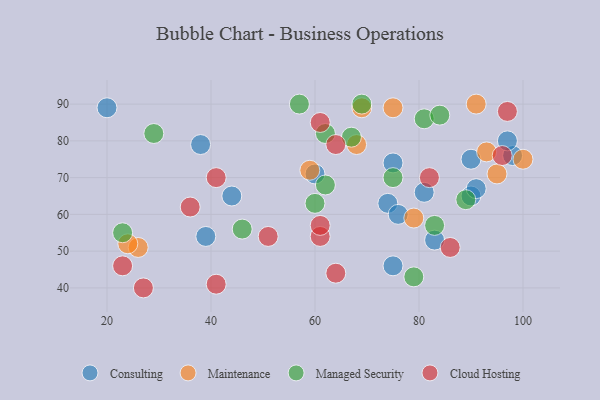
{"axis": {"x": "GDP", "y": "Life Expectancy"}, "legend": ["Cloud Hosting", "Consulting", "Maintenance", "Managed Security"], "data": [{"x": "75", "y": 74, "type": "Consulting"}, {"x": "44", "y": 65, "type": "Consulting"}, {"x": "90", "y": 75, "type": "Consulting"}, {"x": "60", "y": 71, "type": "Consulting"}, {"x": "75", "y": 46, "type": "Consulting"}, {"x": "90", "y": 65, "type": "Consulting"}, {"x": "20", "y": 89, "type": "Consulting"}, {"x": "98", "y": 76, "type": "Consulting"}, {"x": "91", "y": 67, "type": "Consulting"}, {"x": "38", "y": 79, "type": "Consulting"}, {"x": "81", "y": 66, "type": "Consulting"}, {"x": "39", "y": 54, "type": "Consulting"}, {"x": "83", "y": 53, "type": "Consulting"}, {"x": "74", "y": 63, "type": "Consulting"}, {"x": "97", "y": 80, "type": "Consulting"}, {"x": "76", "y": 60, "type": "Consulting"}, {"x": "93", "y": 77, "type": "Maintenance"}, {"x": "79", "y": 59, "type": "Maintenance"}, {"x": "26", "y": 51, "type": "Maintenance"}, {"x": "95", "y": 71, "type": "Maintenance"}, {"x": "24", "y": 52, "type": "Maintenance"}, {"x": "100", "y": 75, "type": "Maintenance"}, {"x": "68", "y": 79, "type": "Maintenance"}, {"x": "59", "y": 72, "type": "Maintenance"}, {"x": "91", "y": 90, "type": "Maintenance"}, {"x": "69", "y": 89, "type": "Maintenance"}, {"x": "75", "y": 89, "type": "Maintenance"}, {"x": "46", "y": 56, "type": "Managed Security"}, {"x": "89", "y": 64, "type": "Managed Security"}, {"x": "29", "y": 82, "type": "Managed Security"}, {"x": "57", "y": 90, "type": "Managed Security"}, {"x": "69", "y": 90, "type": "Managed Security"}, {"x": "81", "y": 86, "type": "Managed Security"}, {"x": "83", "y": 57, "type": "Managed Security"}, {"x": "23", "y": 55, "type": "Managed Security"}, {"x": "79", "y": 43, "type": "Managed Security"}, {"x": "62", "y": 82, "type": "Managed Security"}, {"x": "62", "y": 68, "type": "Managed Security"}, {"x": "75", "y": 70, "type": "Managed Security"}, {"x": "60", "y": 63, "type": "Managed Security"}, {"x": "67", "y": 81, "type": "Managed Security"}, {"x": "84", "y": 87, "type": "Managed Security"}, {"x": "23", "y": 46, "type": "Cloud Hosting"}, {"x": "51", "y": 54, "type": "Cloud Hosting"}, {"x": "64", "y": 44, "type": "Cloud Hosting"}, {"x": "82", "y": 70, "type": "Cloud Hosting"}, {"x": "61", "y": 85, "type": "Cloud Hosting"}, {"x": "86", "y": 51, "type": "Cloud Hosting"}, {"x": "41", "y": 41, "type": "Cloud Hosting"}, {"x": "64", "y": 79, "type": "Cloud Hosting"}, {"x": "61", "y": 54, "type": "Cloud Hosting"}, {"x": "61", "y": 57, "type": "Cloud Hosting"}, {"x": "96", "y": 76, "type": "Cloud Hosting"}, {"x": "41", "y": 70, "type": "Cloud Hosting"}, {"x": "36", "y": 62, "type": "Cloud Hosting"}, {"x": "27", "y": 40, "type": "Cloud Hosting"}, {"x": "97", "y": 88, "type": "Cloud Hosting"}]}